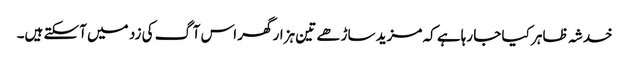
خدشہ ظاہر کیا جا رہاہے کہ مزید ساڑھے تین ہزار گھر اس آگ کی زد میں آسکتے ہیں۔